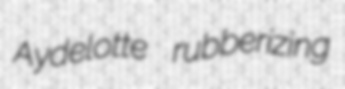
Aydelotte rubberizing